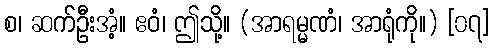
စ၊ ဆက်ဦးအံ့။ ဧဝံ၊ ဤသို့။ (အာရမ္မဏံ၊ အာရုံကို။) [၀၇]